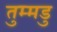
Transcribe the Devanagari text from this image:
तुम्मडु